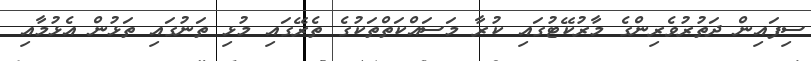
ސިފައިން ދަތުރުވެރިންގެ މާރުކޭޓުގައި ކުރާ މަސައްކަތްތަކުގެ ތެރޭގައި މުޅި ތަނުގައި ތަޅުން އެޅުމާއި